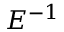
E ^ { - 1 }